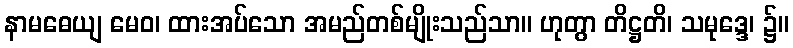
နာမဓေယျ မေဝ၊ ထားအပ်သော အမည်တစ်မျိုးသည်သာ။ ဟုတွာ တိဋ္ဌတိ၊ သမုဒ္ဒေ၊ ၌။